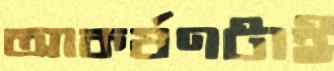
আকর্ষণটাই